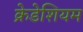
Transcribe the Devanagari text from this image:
क्रेडेशियम